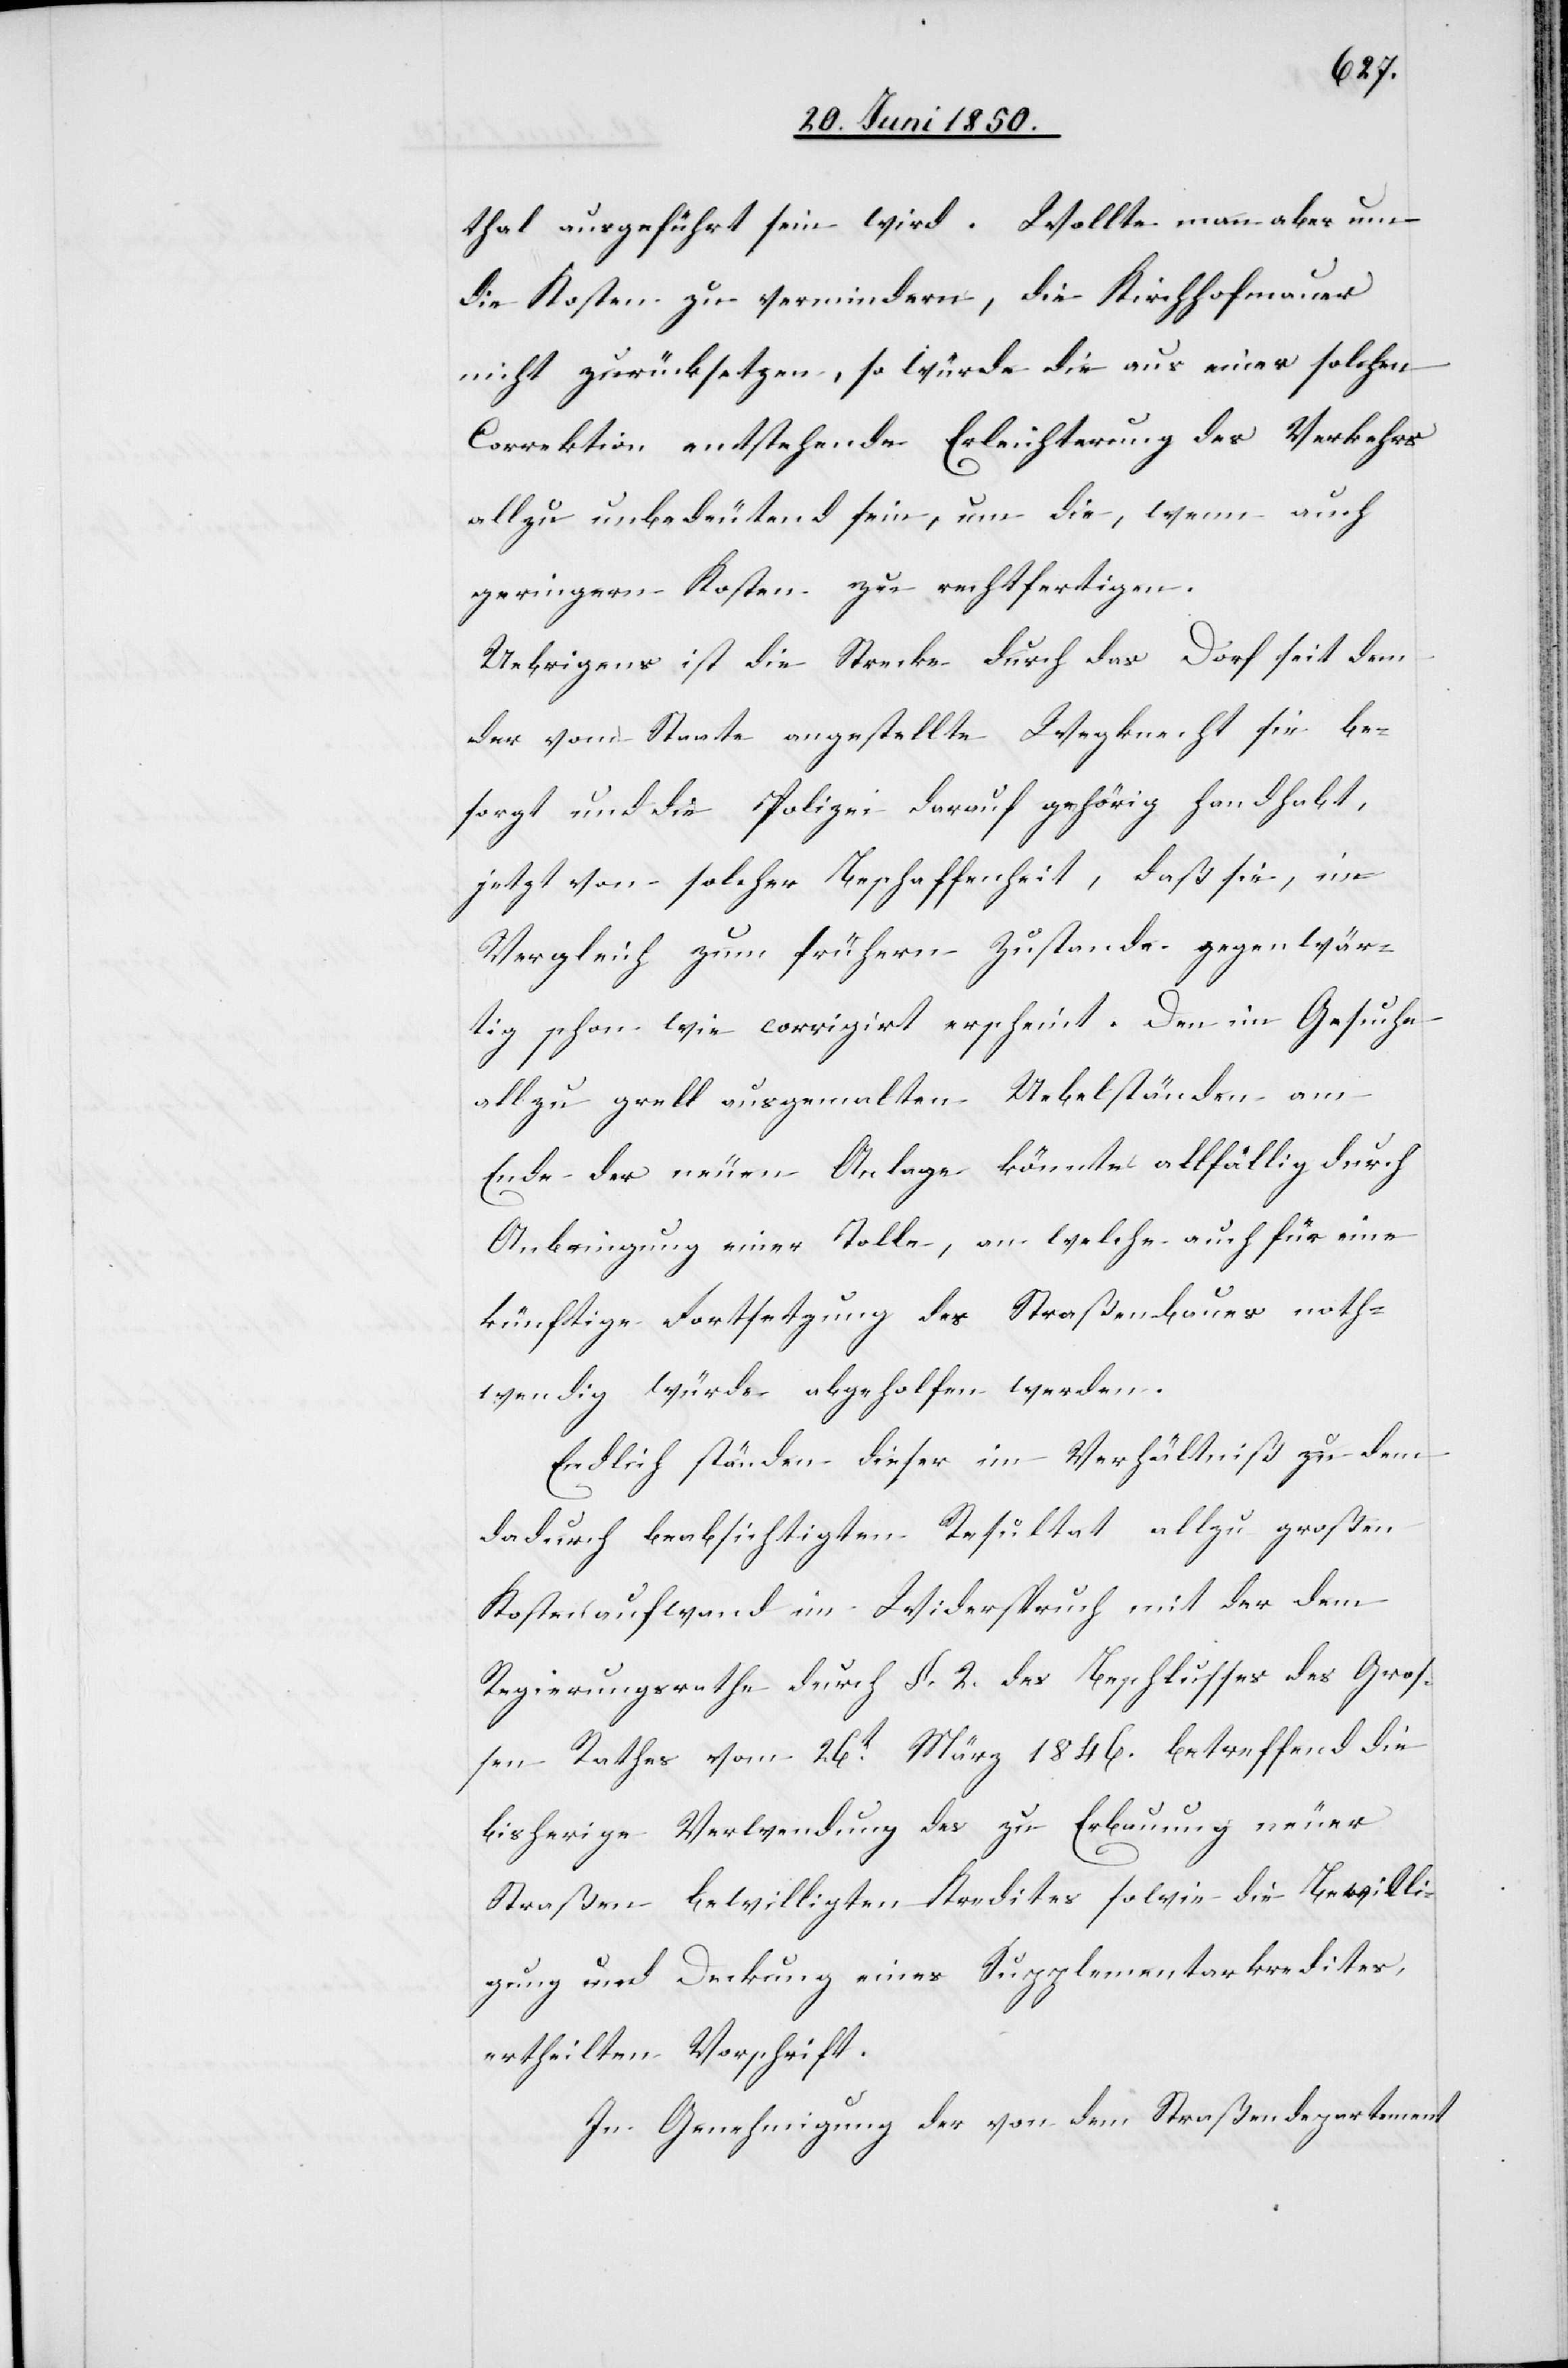
thal ausgeführt sein wird. Wollte man aber um
die Kosten zu vermindern, die Kirchhofmauer
nicht zurücksetzen, so würde die aus einer solchen
Correktion entstehende Erleichterung des Verkehrs
allzu unbedeutend sein, um die, wenn auch
geringern Kosten zu rechtfertigen.
Uebrigens ist die Strecke durch das Dorf seit dem
der vom Staate angestellte Wegknecht sie be¬
sorgt und die Polizei darauf gehörig handhabt,
jetzt von solcher Beschaffenheit, daß sie, im
Vergleich zum frühern Zustande gegenwär¬
tig schon wie corrigirt erscheint. Den im Gesuche
allzu grell ausgemalten Uebelständen am
Ende der neuen Anlage könnte allfällig durch
Anbringung einer Tolle, an welche auch für eine
künftige Fortsetzung des Straßenbaues noth¬
wendig würde abgeholfen werden
Endlich ständen dieser im Verhältniß zu dem
dadurch beabsichtigten Resultat allzu großen
Kostenaufwand im Widerspruch mit der dem
Regierungsrathe durch §. 2. des Beschlusses des Groß¬
en Rathes vom 26t März 1846. betreffend die
bisherige Verwendung des zu Erbauung neuer
Straßen bewilligten Kredites sowie die Bewilli¬
gung und Deckung eines Supplementarkredites,
ertheilten Vorschrift.
In Genehmigung der von dem Straßendepartement